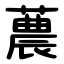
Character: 蕽